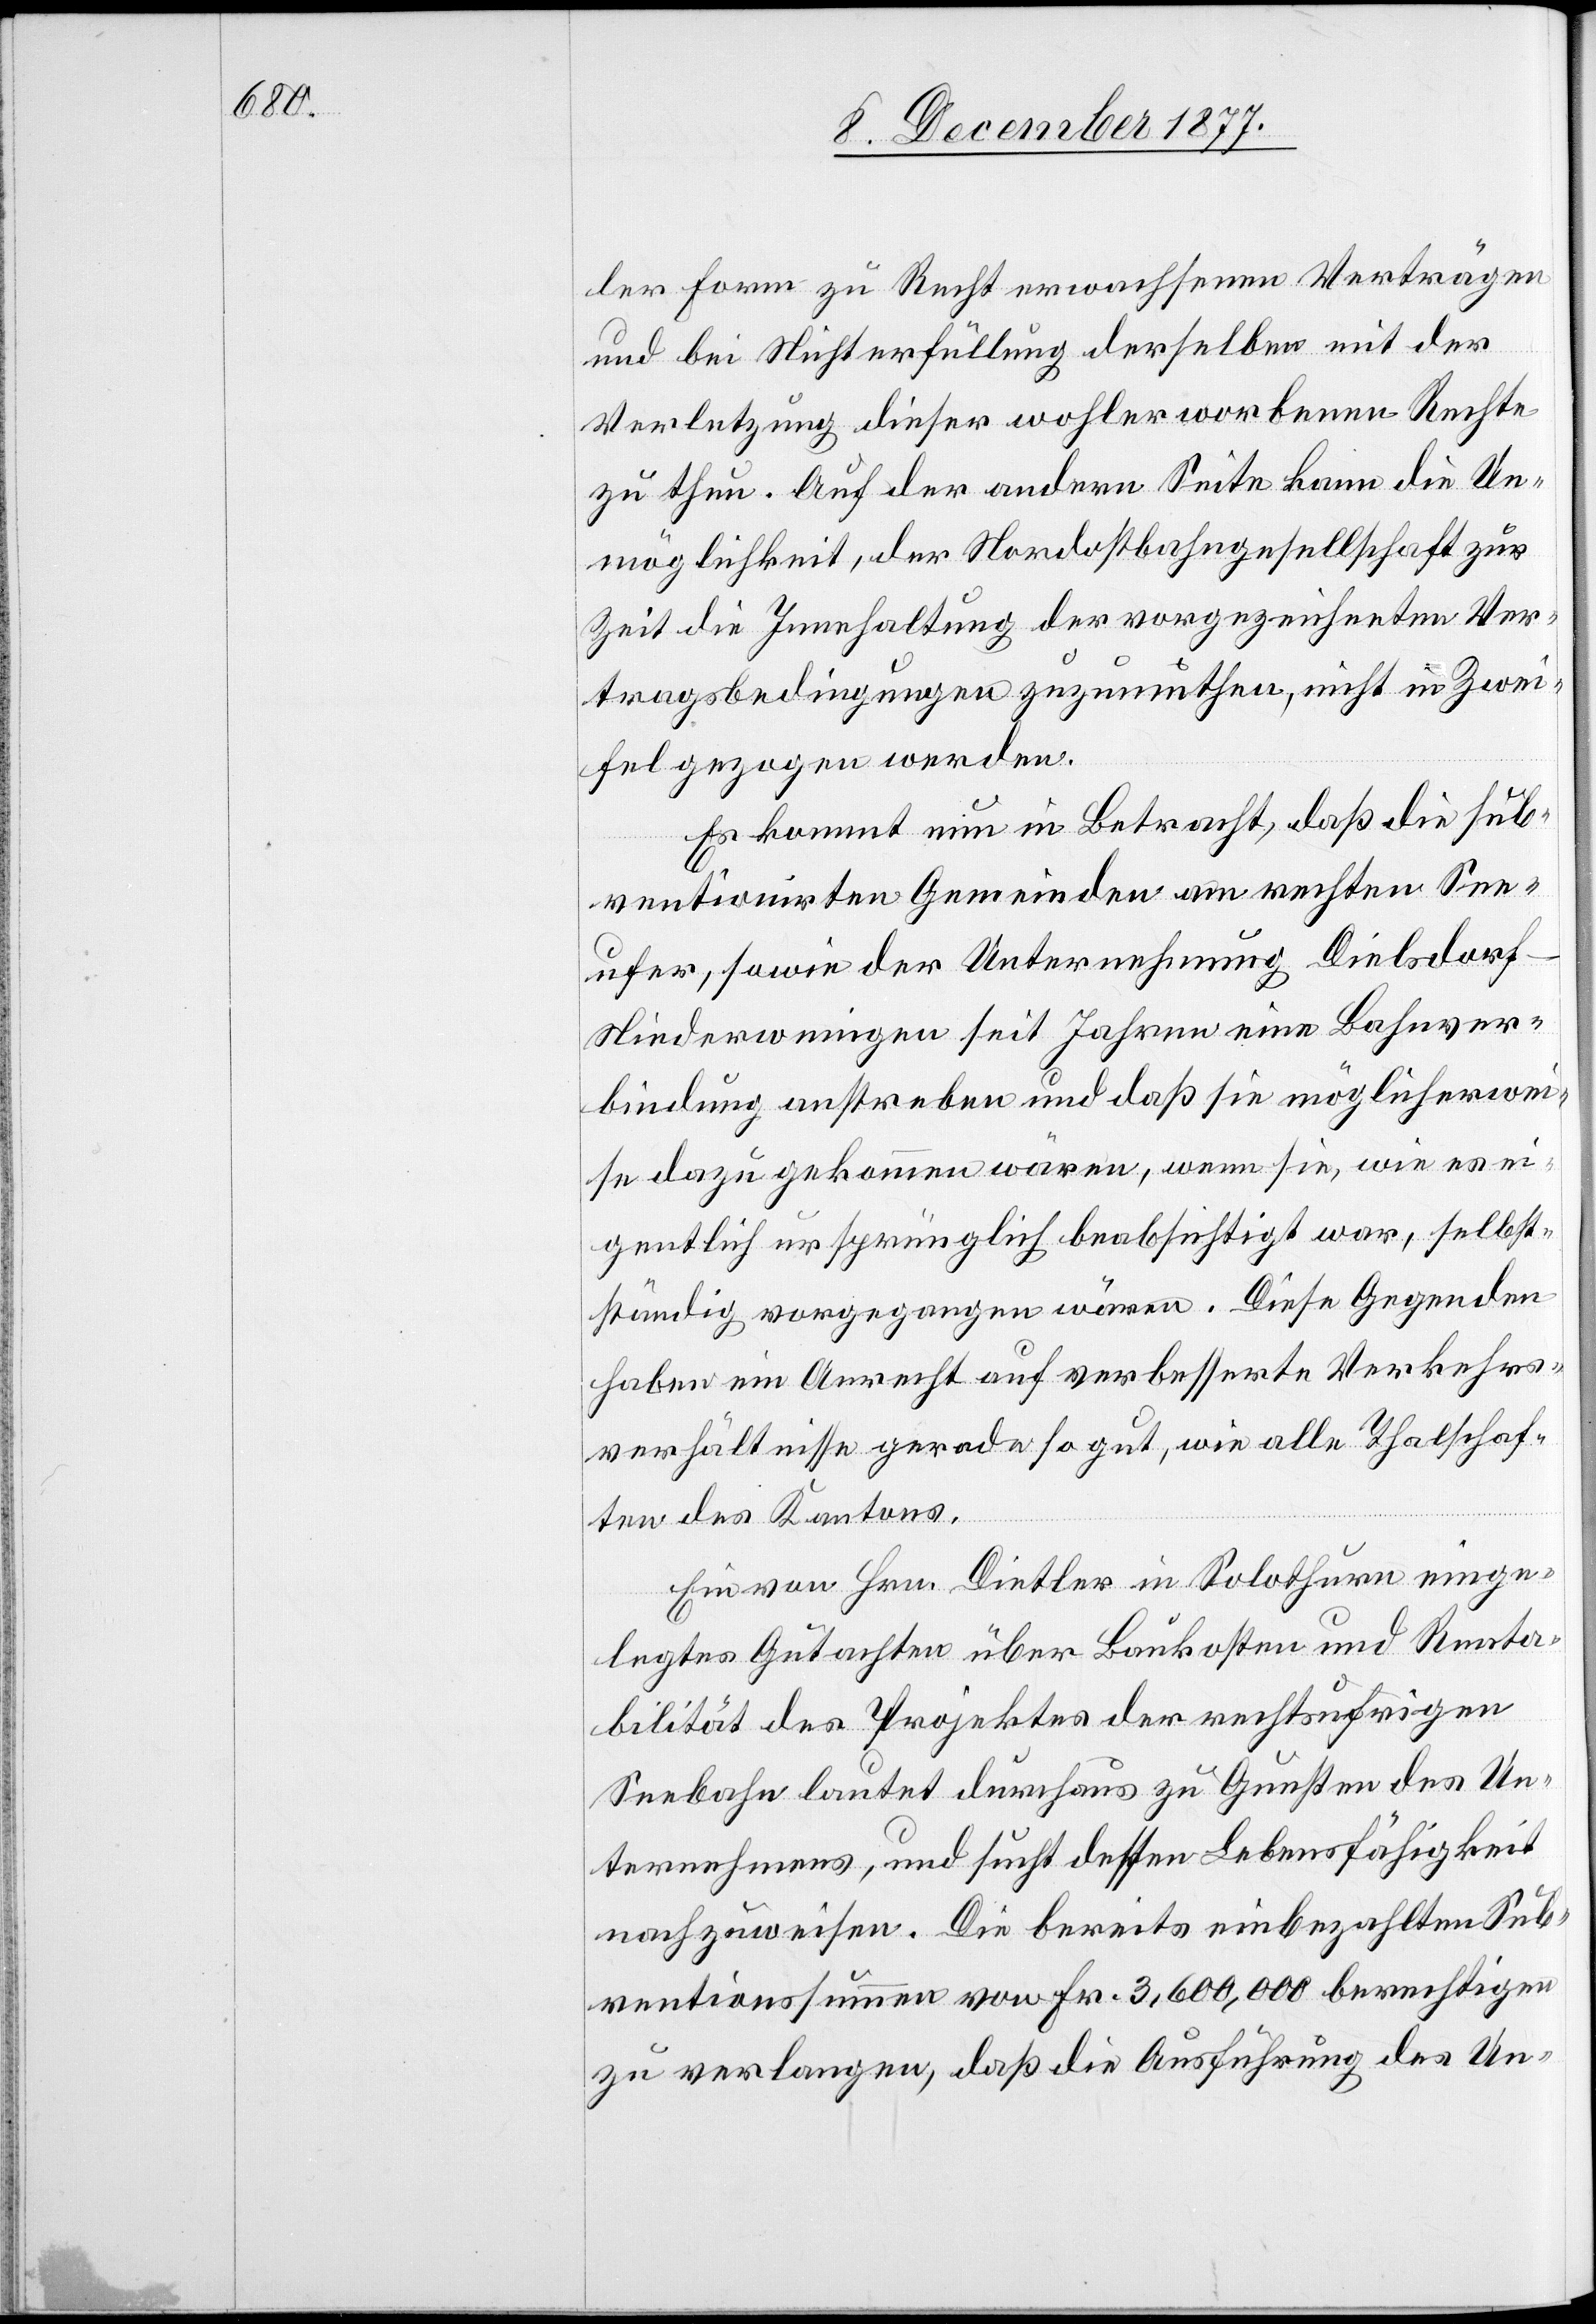
ler Form zu Recht erwachsenen Verträgen
und bei Nichterfüllung derselben mit der
Verletzung dieser wohlerworbenen Rechte
zu thun. Auf der andern Seite kann die Un¬
möglichkeit, der Nordostbahngesellschaft zur
Zeit die Innehaltung der vorgezeichneten Ver¬
tragsbedingungen zuzumuthen, nicht in Zwei¬
fel gezogen werden.
Es kommt nun in Betracht, daß die sub¬
ventionirten Gemeinden am rechten See¬
ufer, sowie der Unternehmung Dielsdor¬
f–Niederweningen seit Jahren eine Bahnver¬
bindung anstreben und daß sie möglicherwei¬
se dazu gekommen wären, wenn sie, wie es ei¬
gentlich ursprünglich beabsichtigt war, selbst¬
ständig vorgegangen wären. Diese Gegenden
haben ein Anrecht auf verbesserte Verkehrs¬
verhältnisse gerade so gut, wie alle Thalschaf¬
ten des Kantons.
Ein von Hrn. Dietler in Solothurn einge¬
legtes Gutachten über Baukosten und Renta¬
bilität des Projektes der rechtsufrigen
Seebahn lautet durchaus zu Gunsten des Un¬
ternehmens, und sucht dessen Lebensfähigkeit
nachzuweisen. Die bereits einbezahlten Sub¬
ventionssummen von Fr. 3,600,000 berechtigen
zu verlangen, daß die Ausführung des Un-